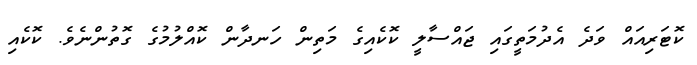
ކޮޓަރިއައް ވަދެ އެދުމަތީގައި ޖައްސާލީ ކޮކެއިގެ މަތިން ހަނދާން ކޮއްލުމުގެ ގޮތުންނެވެ. ކޮކެއި